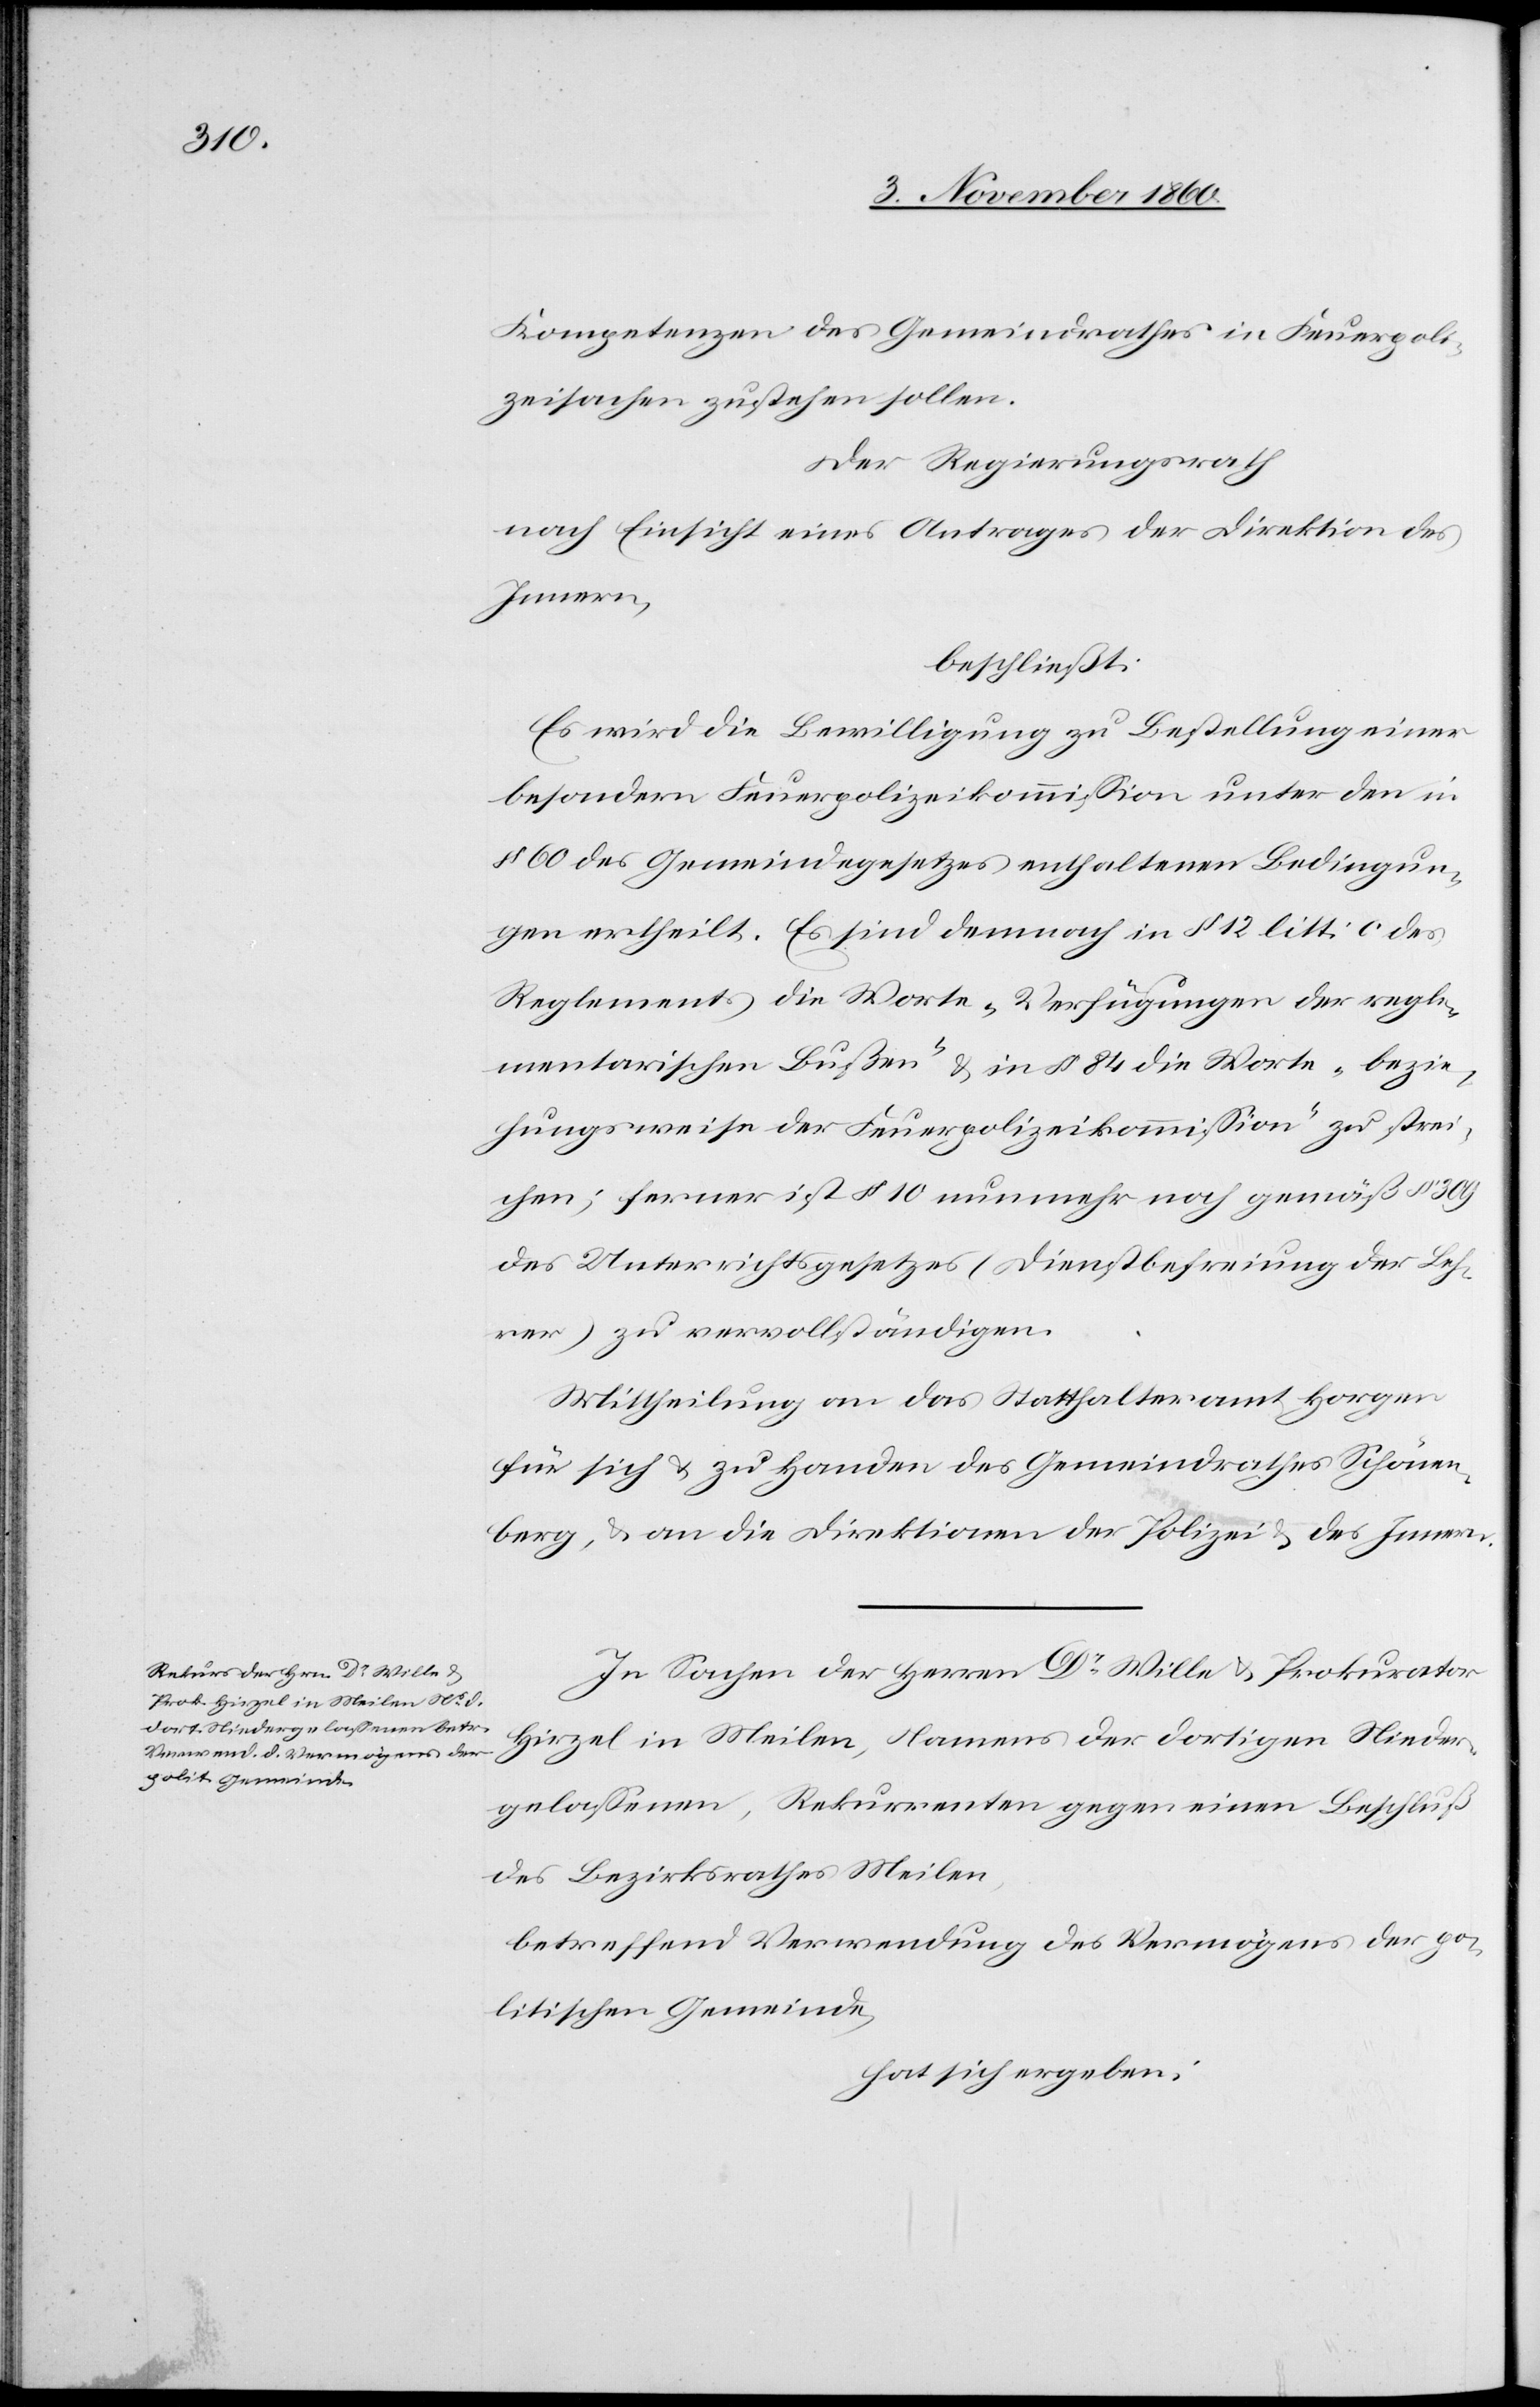
Kompetenzen des Gemeindrathes in Feuerpoli¬
zeisachen zustehen sollen.
Der Regierungsrath
nach Einsicht eines Antrages der Direktion des
Innern,
beschließt:
Es wird die Bewilligung zu Bestellung einer
besondern Feuerpolizeikommission unter den in
§ 60 des Gemeindegesetzes enthaltenen Bedingun¬
gen ertheilt. Es sind demnach in § 12 litt. c des
Reglements die Worte „Verfügungen der regle¬
mentarischen Bußen“ u. in § 84 die Worte „bezie¬
hungsweise der Feuerpolizeikommission“ zu strei¬
chen; ferner ist § 10 nunmehr noch gemäß § 309
des Unterrichtsgesetzes (Dienstbefreiung der Leh¬
rer) zu vervollständigen.
Mittheilung an das Statthalteramt Horgen
für sich u. zu Handen des Gemeindrathes Schönen¬
berg, u. an die Direktionen der Polizei u. des Innern.
In Sachen der Herren Dr Wille u. Prokurator
Hirzel in Meilen, Namens der dortigen Nieder¬
gelassenen, Rekurrenten gegen einen Beschluß
des Bezirksrath Meilen,
betreffend Verwendung des Vermögens der po¬
litischen Gemeinde,
hat sich ergeben: